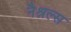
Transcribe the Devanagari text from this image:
नैश्नल्स